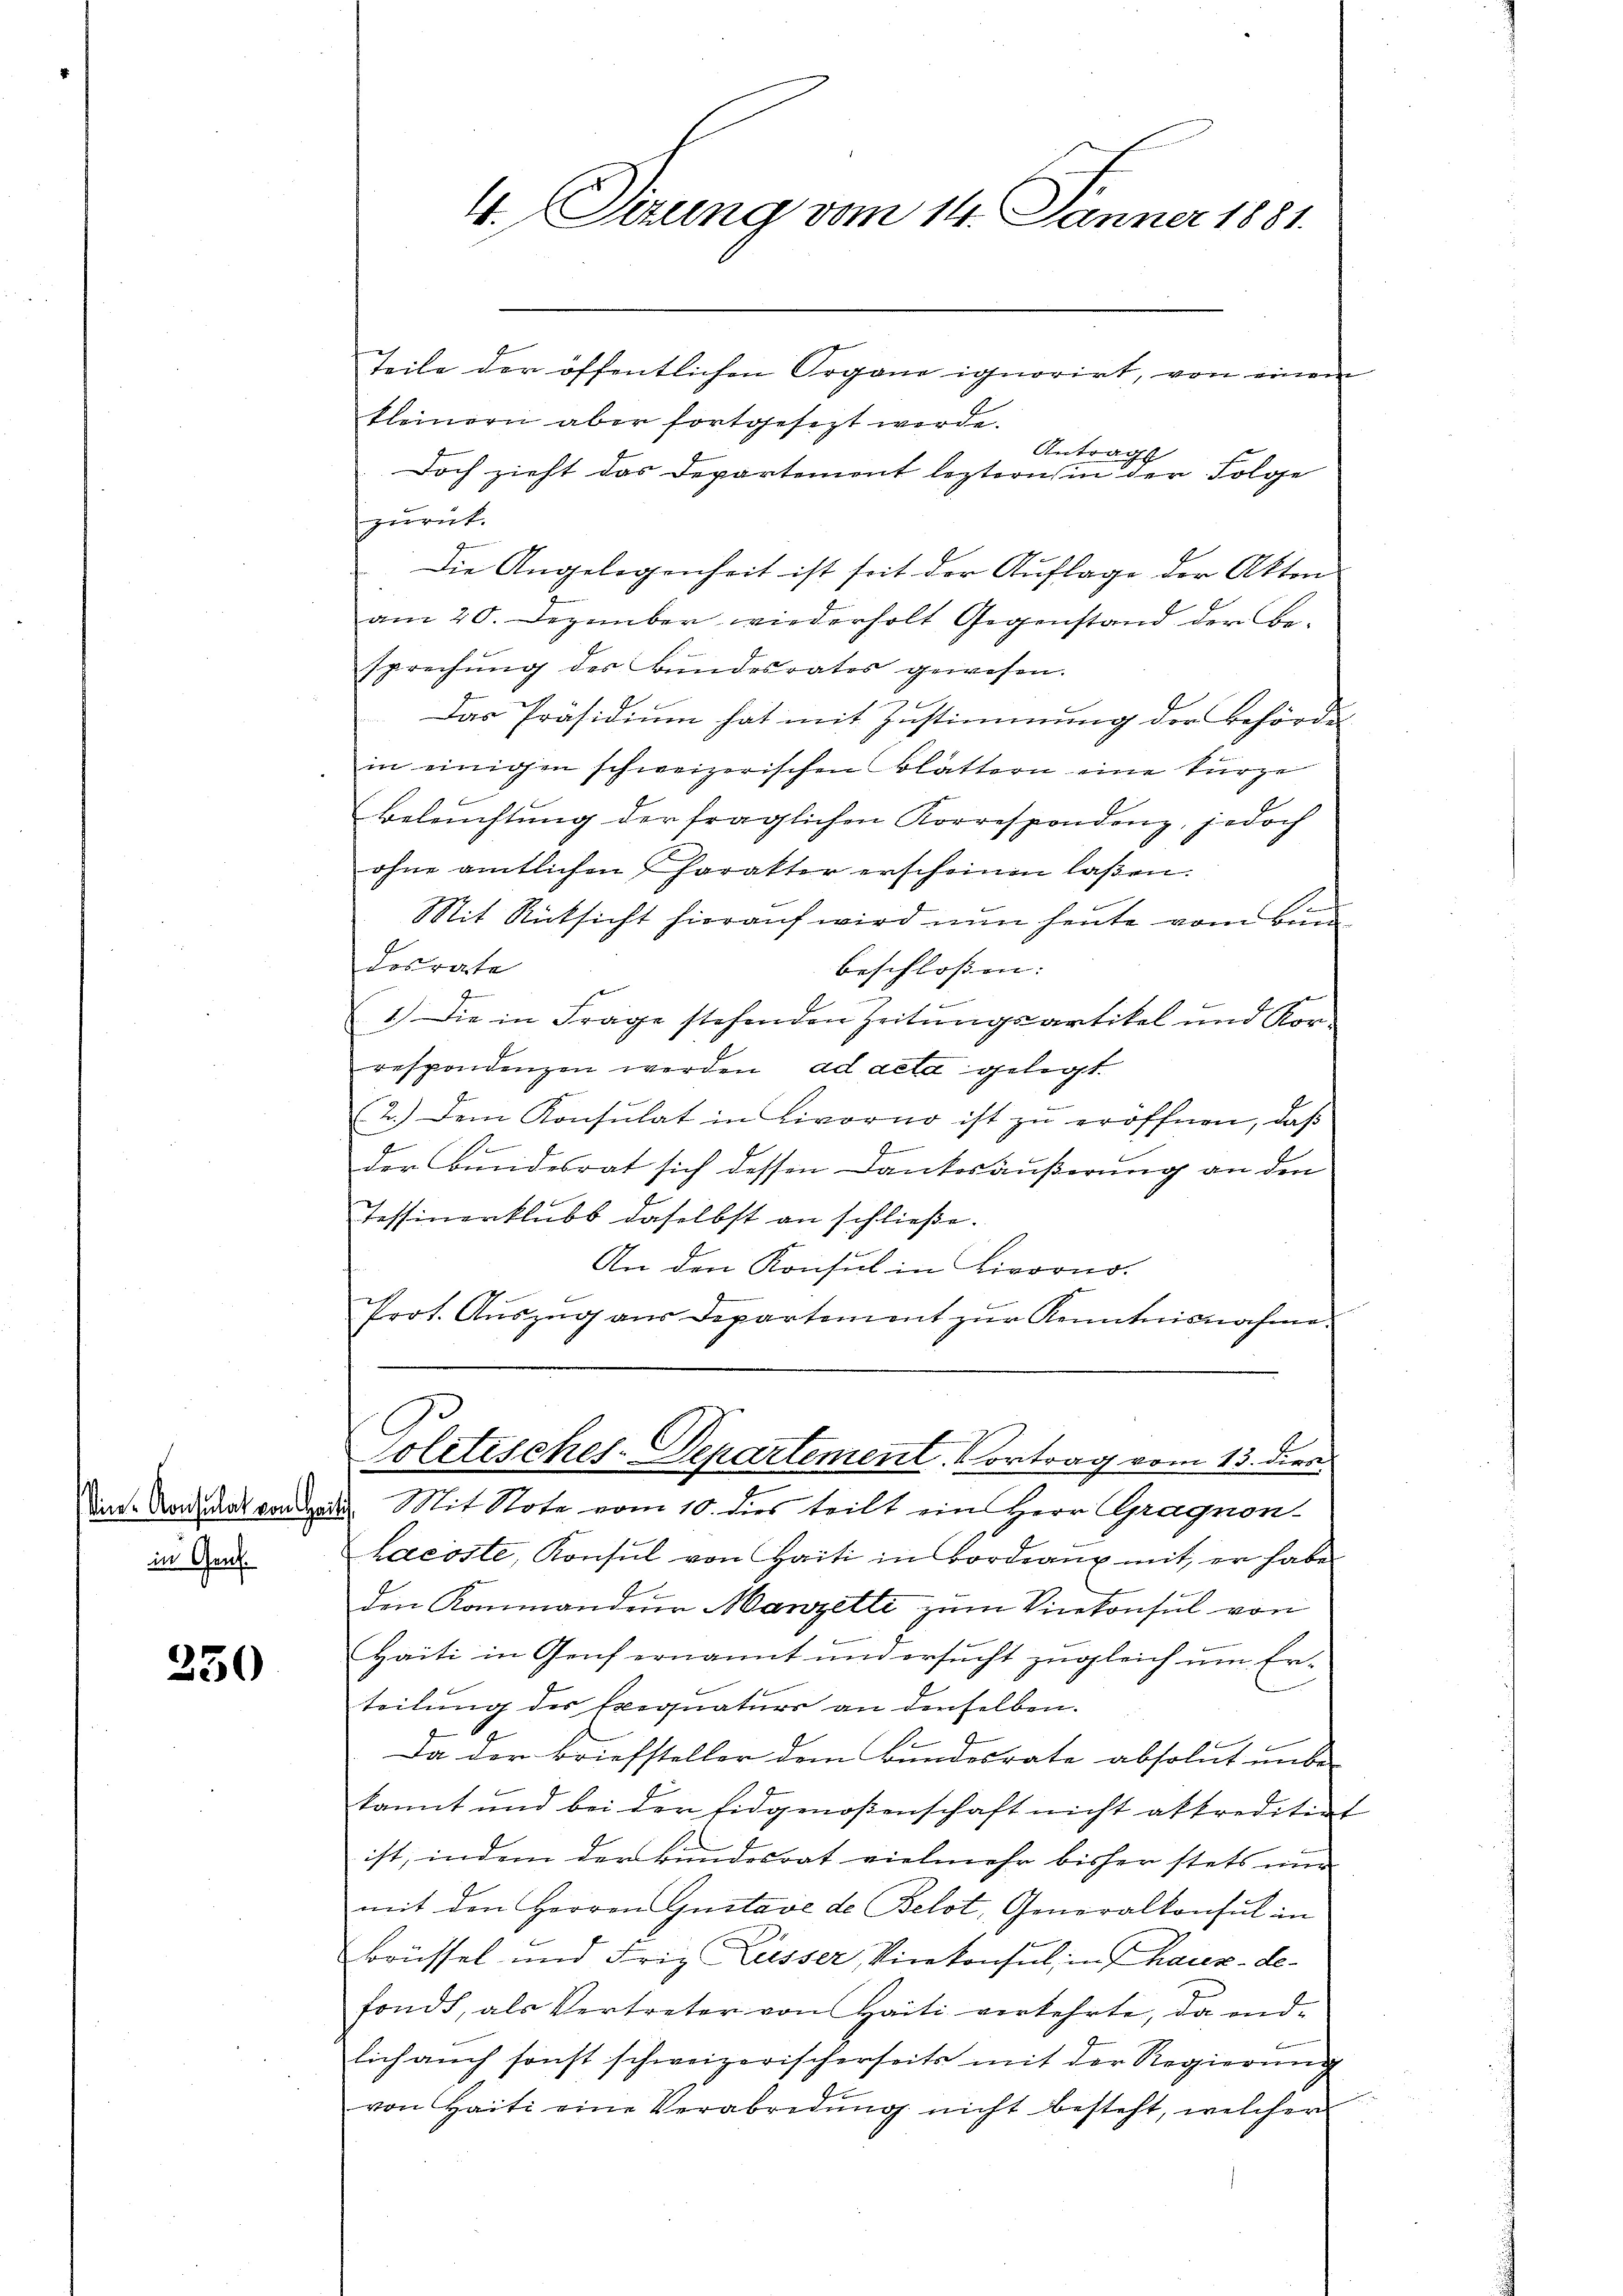
in Gen.

250

Teile der öffentlichen Organe ignorirt, von einem
kleinern aber fortgesezt werde.
Antrag
Doch zieht das Departement leztern in der Folge
zurück.
Die Angelegenheit ist seit der Auflage der Akten
am 20. Dezember wiederholt Gegenstand der Be-
sprechung des Bundesrates gewesen.
Das Präsidium hat mit Zustimmung der Behörde
in einigen schweizerischen Blättern eine kurze
Beleŭchtŭng der fraglichen Korrespondenz, jedoch
ohne amtlichen Charakter erscheinen laßen.
Mit Rücksicht hierauf wird nun heute vom Bund
Locrate
beschloßen:
1.) Die in Frage stehenden Zeitŭngsartikel und Kor-
respondenzen werden, ad acta gelegt.
(2.) Dem Konsulat in Livorno ist zu eröffnen, daß
1
G
der Bundesrat sich dessen Dankesäußerung an den
Tessinerklubs daselbst an schließe.
An den Konsul in Livorno.
Prot. Aŭszŭg aŭs Departement zŭr Kenntnisnahme.
Politisches-Departement. Vortrag vom 13. dien.
Dint. Kandidat von der Mit Note vom 10. dies teilt ein Herr Gragnonlacöste, Konsul von Haiti in Bordeaux mit, er habe
den Kommandeur Manzelli zum Vicekonsul von
Haiti in Genf ernannt und ersucht zugleich um Er-
teilung des Exequaturs an denselben.
e
Da der Briefsteller dem Bundesrate absolut unbe-
kannt und bei der Eidgenoßenschaft nicht abkreditirt
ist, indem der Bundesrat vielmehr bisher stets eine
mit den Herren Gustave de Belot, Generalkonsul in
Brüssel und Friz Liesser, Vicekonsul, in Chaux-de-
fondt, als Vertreter von Haiti verkehrte, da endlich auch sonst schweizerischerseits mit der Regierung
von Haiti eine Verabredung nicht besteht, welcher

4., Dirung vom 14. Jänner 1881.